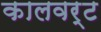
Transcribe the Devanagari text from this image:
कालवर्ट